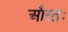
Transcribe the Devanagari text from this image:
औरतः